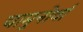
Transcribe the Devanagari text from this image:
चामुनोर्वा